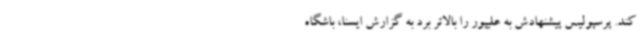
کند. پرسپولیس‌ پیشنهادش به علیپور را بالاتر برد به گزارش ایسنا، باشگاه